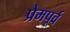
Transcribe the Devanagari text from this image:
प्रेमपूर्व